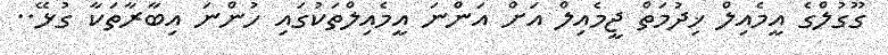
ގޫގުލްގެ އީމެއިލް ޚިދުމަތް ޖީމެއިލް އަށް އަންނަ އީމެއިލްތަކުގައި ހުންނަ އިބާރާތަކާ ގުޅޭ..